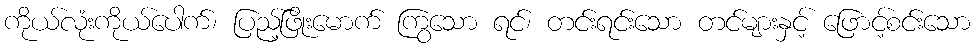
ကိုယ်လုံးကိုယ်ပေါက်၊ ပြည့်ဖြိုးမောက် ကြွသော ရင်၊ တင်းရင်းသော တင်များနှင့် ဖြောင့်စင်းသော